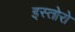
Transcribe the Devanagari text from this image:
इस्तोरो